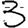
Digit: 3